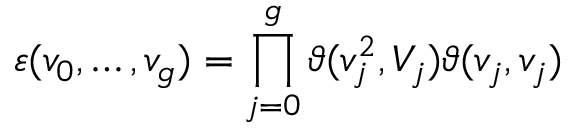
\varepsilon ( v _ { 0 } , \ldots , v _ { g } ) = \prod _ { j = 0 } ^ { g } \vartheta ( v _ { j } ^ { 2 } , V _ { j } ) \vartheta ( v _ { j } , v _ { j } )